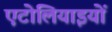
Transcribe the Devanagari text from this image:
एटोलियाइयों